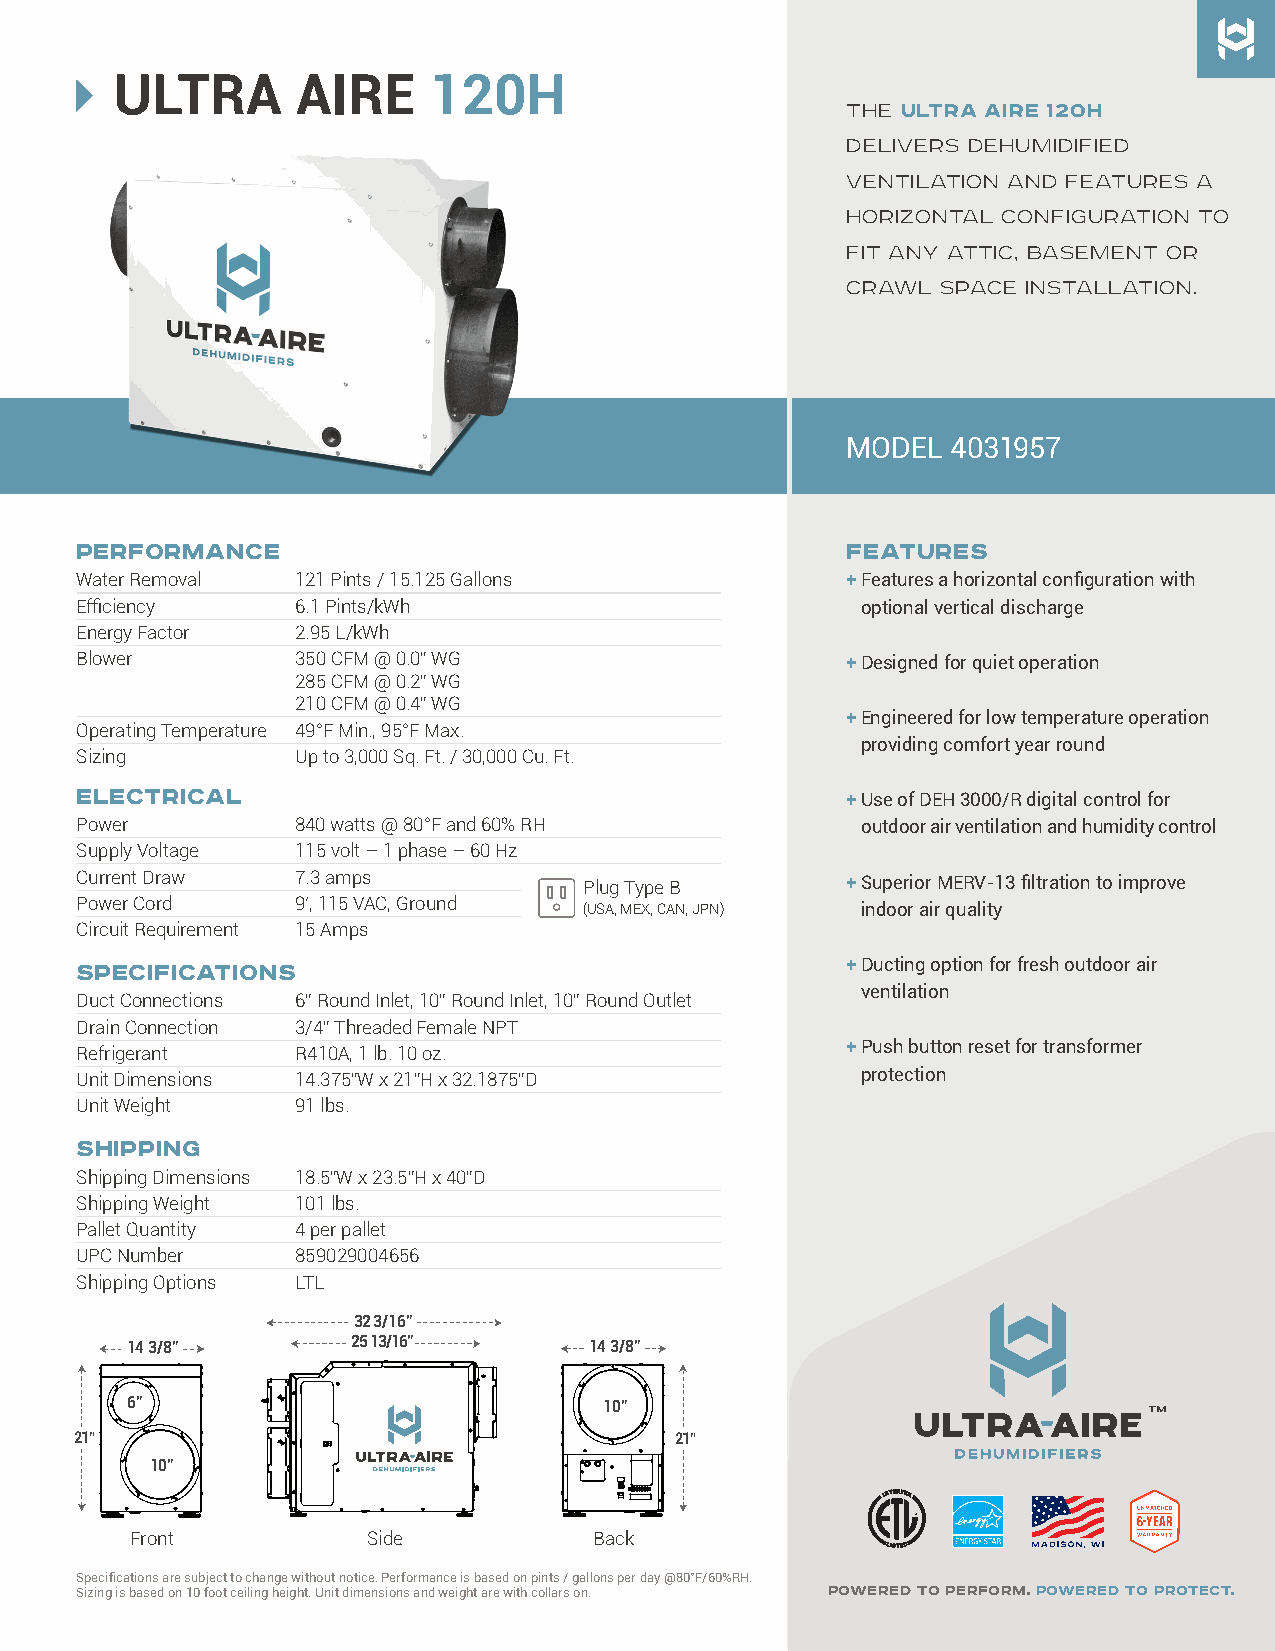
ULTRA        AIRE    120H
 THE ULTRA AIRE 120H
 DELIVERS DEHUMIDIFIED
 VENTILATION AND FEATURES A
 HORIZONTAL CONFIGURATION TO
 FIT ANY ATTIC, BASEMENT OR
 CRAWL SPACE INSTALLATION.
 MODEL  4031957
 PERFORMANCE                                        FEATURES
 Water Removal  121 Pints / 15.125 Gallons          + F eatures a horizontal configuration with
 Efficiency     6.1 Pints/kWh                        optional vertical discharge
 Energy Factor  2.95 L/kWh
 Blower         350 CFM @ 0.0” WG                   + Designed for quiet operation
 285 CFM @ 0.2” WG
 210 CFM @ 0.4” WG
 + Engineered for low temperature operation
 Operating Temperature 49°F Min., 95°F Max.
 providing comfort year round
 Sizing         Up to 3,000 Sq. Ft. / 30,000 Cu. Ft.
 ELECTRICAL
 + Use of DEH 3000/R digital control for
 Power          840 watts @ 80°F and 60% RH          outdoor air ventilation and humidity control
 Supply Voltage 115 volt – 1 phase – 60 Hz
 Current Draw   7.3 amps           Plug Type B      + Superior MERV-13 filtration to improve
 Power Cord     9’, 115 VAC, Ground (USA, MEX, CAN, JPN) indoor air quality
 Circuit Requirement 15 Amps
 SPECIFICATIONS                                     + Ducting option for fresh outdoor air
 ventilation
 Duct Connections 6” Round Inlet, 10” Round Inlet, 10” Round Outlet
 Drain Connection 3/4” Threaded Female NPT
 + Push button reset for transformer
 Refrigerant    R410A, 1 lb. 10 oz.
 Unit Dimensions 14.375”W x 21”H x 32.1875”D         protection
 Unit Weight    91 lbs.
 SHIPPING
 Shipping Dimensions 18.5”W x 23.5”H x 40”D
 Shipping Weight 101 lbs.
 Pallet Quantity 4 per pallet
 UPC Number     859029004656
 Shipping Options LTL
 32 3/16"
 14 3/8"        25 13/16"       14 3/8"
 6"                              10"
 21"                                     21"
 10"
 Front          Side           Back
 Specifications are subject to change without notice. Performance is based on pints / gallons per day @80°F/60%RH.
 Sizing is based on 10 foot ceiling height. Unit dimensions and weight are with collars on. POWERED TO PERFORM. POWERED TO PROTECT.
 29"
 22 13/16"
 21"             24 3/16"
 91 LBS.
 Top Supply Option